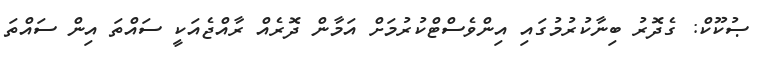
ޞުކޫކް: ގެދޮރު ބިނާކުރުމުގައި އިންވެސްޓްކުރުމަށް އަމާން ދޮރެއް ރާއްޖެއަކީ ސައްތަ އިން ސައްތަ